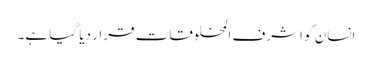
انسان کو اشرف المخلوقات قرار دیا گیا ہے۔